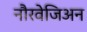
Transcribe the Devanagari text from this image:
नौरवेजिअन